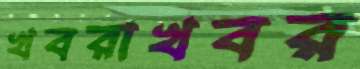
খবরাখবর